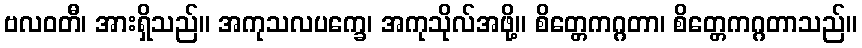
ဗလဝတီ၊ အားရှိသည်။ အကုသလပက္ခေ၊ အကုသိုလ်အဖို့။ စိတ္တေကဂ္ဂတာ၊ စိတ္တေကဂ္ဂတာသည်။